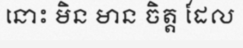
នោះ មិន មាន ចិត្ត ដែល